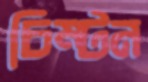
চিম্‌টন